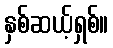
နှစ်ဆယ့်ရှစ်။